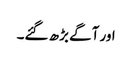
اور آگے بڑھ گئے۔